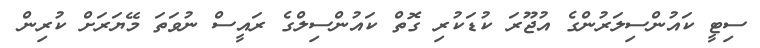
ސިޓީ ކައުންސިލަރުންގެ އުޖޫރަ ކުޑަކުރި ގޮތް ކައުންސިލްގެ ރައީސް ނުވަތަ މޭޔަރަށް ކުރިން